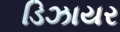
ડિઝાયર